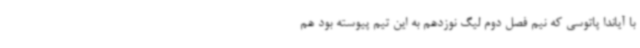
با آیاندا پاتوسی که نیم فصل دوم لیگ نوزدهم به این تیم پیوسته بود هم